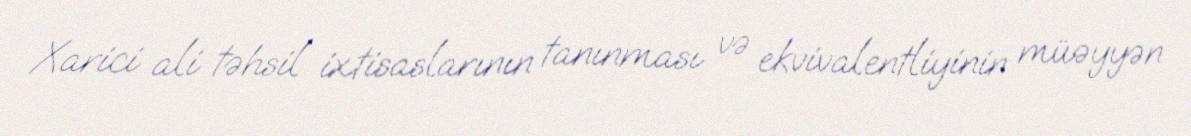
Xarici ali təhsil ixtisaslarının tanınması və ekvivalentliyinin müəyyən